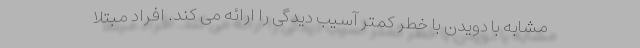
مشابه با دویدن با خطر کمتر آسیب دیدگی را ارائه می کند. افراد مبتلا